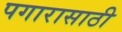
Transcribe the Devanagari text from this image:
पगारासाठी